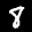
Label: 8